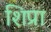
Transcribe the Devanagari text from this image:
शिप्रा